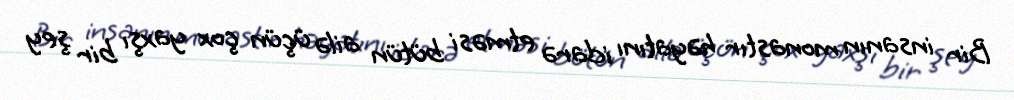
Bir insanın monastır həyatını idarə etməsi bütün ailə üçün çox yaxşı bir şey